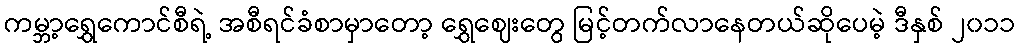
ကမ္ဘာ့ရွှေကောင်စီရဲ့ အစီရင်ခံစာမှာတော့ ရွှေဈေးတွေ မြင့်တက်လာနေတယ်ဆိုပေမဲ့ ဒီနှစ် ၂၀၁၁